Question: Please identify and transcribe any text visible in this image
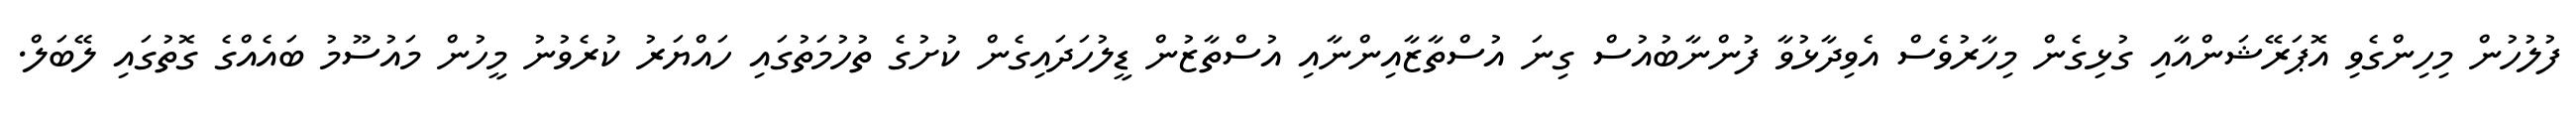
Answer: ފުލުހުން މިހިންގެވި އޮޕަރޭޝަންއާއި ގުޅިގެން މިހާރުވެސް އެވިދާޅުވާ ފުންނާބުއުސް ގިނަ އުސްތާޒާއިންނާއި އުސްތާޒުން ޑީލުހަދައިގެން ކުށުގެ ތުހުމަތުގައި ހައްޔަރު ކުރެވުނު މީހުން މައުސޫމު ބައެއްގެ ގޮތުގައި ލޭބަލް.